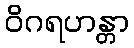
ဝိဂရဟန္တာ